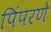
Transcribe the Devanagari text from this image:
पिंपरणे